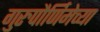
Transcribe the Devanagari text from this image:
गुरुपौर्णिमेच्या